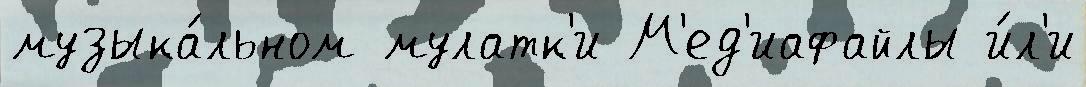
музыка́льном мулатк'и М'ед'иафайлы и́л'и